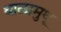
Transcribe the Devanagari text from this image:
थालामुथू